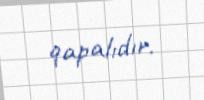
qapalıdır.